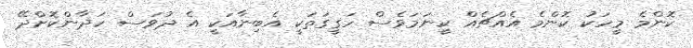
ކޮންމެ މީހަކު ކޮންމެ އެއްޗެއް ކީނަމަވެސް ހަގީގަތަކީ އެބިނާއަކީ އެ ދުވަސް ހަދާންކޮށްދޭ